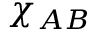
\chi _ { A B }